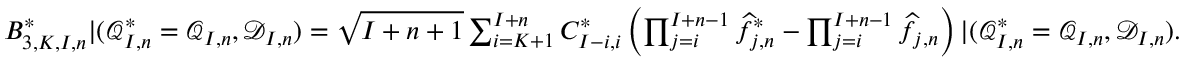
\begin{array} { r } { B _ { 3 , K , I , n } ^ { * } | ( \mathcal { Q } _ { I , n } ^ { * } = \mathcal { Q } _ { I , n } , \mathcal { D } _ { I , n } ) = \sqrt { I + n + 1 } \sum _ { i = K + 1 } ^ { I + n } C _ { I - i , i } ^ { * } \left( \prod _ { j = i } ^ { I + n - 1 } \widehat { f } _ { j , n } ^ { * } - \prod _ { j = i } ^ { I + n - 1 } \widehat { f } _ { j , n } \right) | ( \mathcal { Q } _ { I , n } ^ { * } = \mathcal { Q } _ { I , n } , \mathcal { D } _ { I , n } ) . } \end{array}